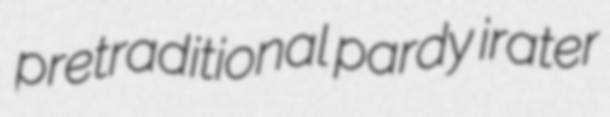
pretraditional pardy irater